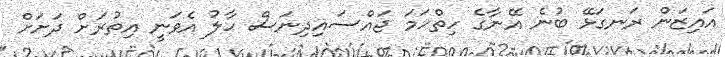
އައިޒަން ރަނގަޅޭ ބުނެ އޭނާގެ ހިތްހަމަ ޖައްސައިދިނަސް ހާލު އެވަނީ އިތުރަށް ދަށަށް